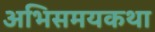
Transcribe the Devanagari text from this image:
अभिसमयकथा